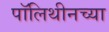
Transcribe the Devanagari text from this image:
पॉलिथीनच्या